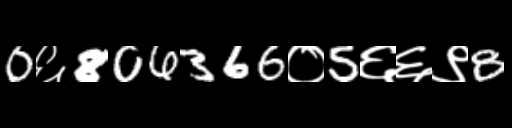
Text: 0६806366०5६६९8